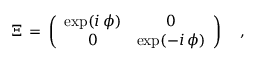
{ \mit \Xi } \, = \, \left( \begin{array} { c c } { { \exp ( i \, \phi ) } } & { { 0 } } \\ { { 0 } } & { { \exp ( - i \, \phi ) } } \end{array} \right) \quad ,